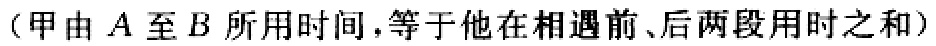
（甲由 \(A\) 至 \(B\) 所用时间，等于他在相遇前、后两段用时之和）